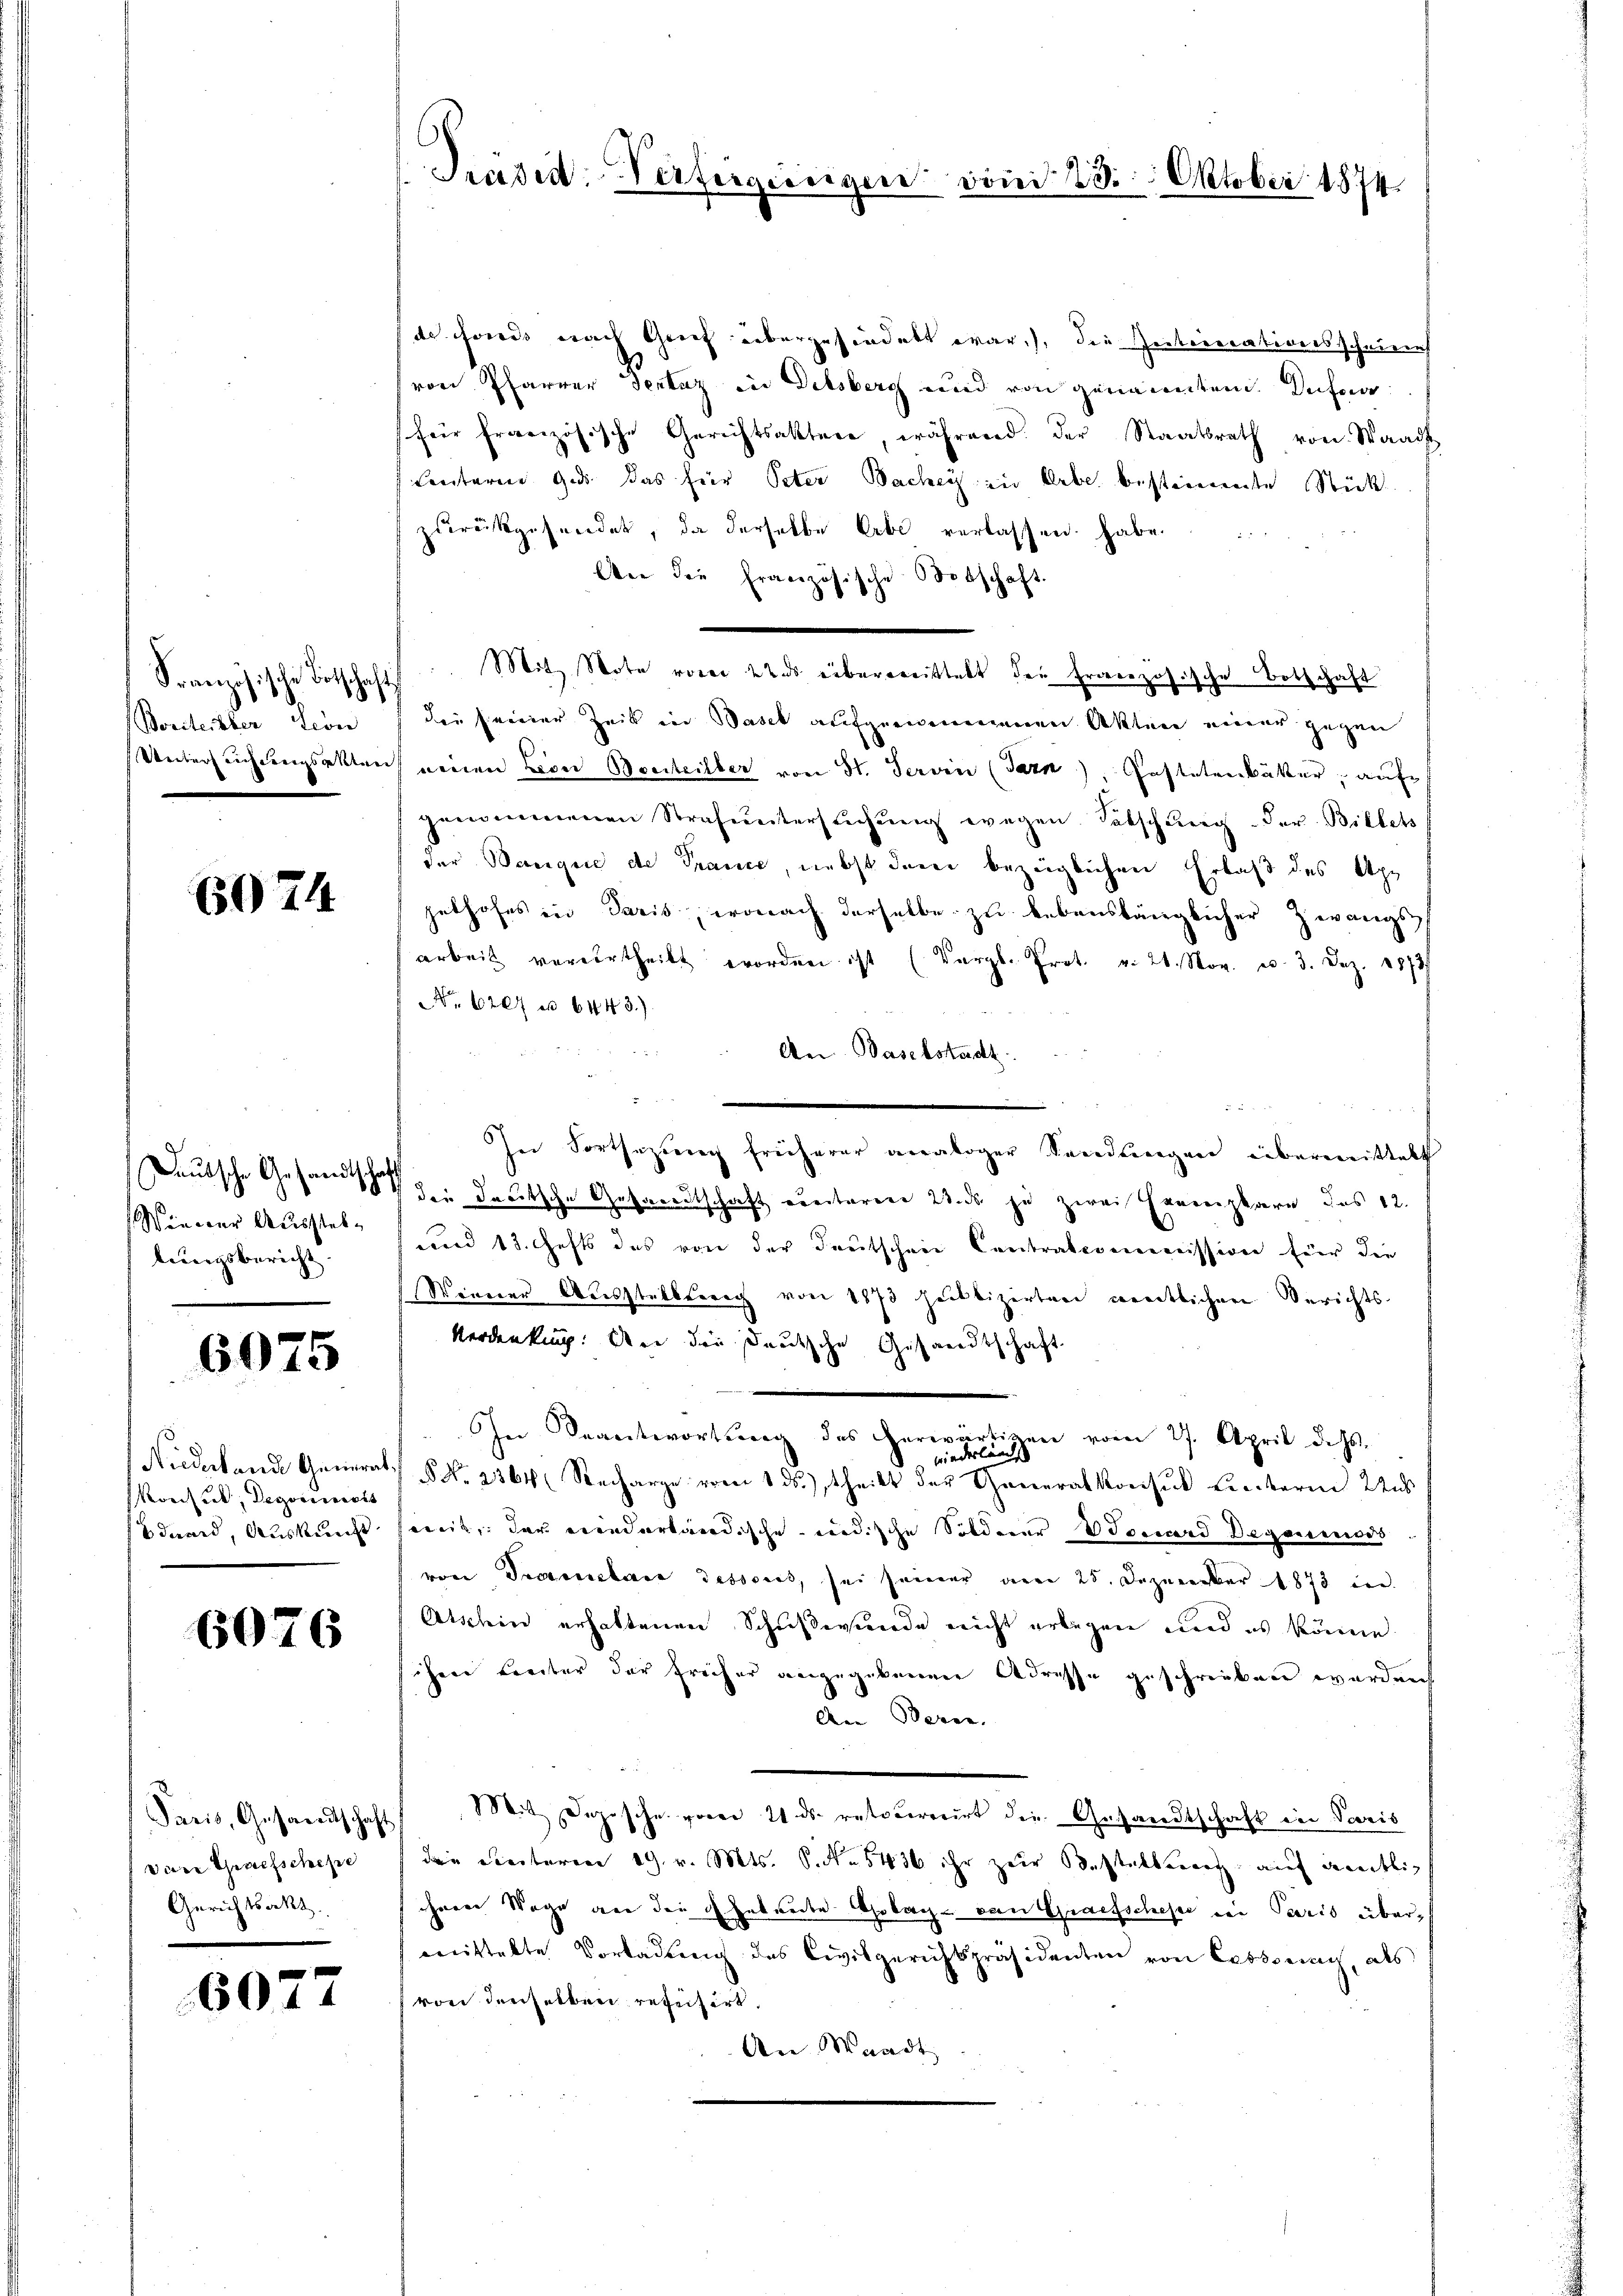
Französische Botschaf
Borteilter Lion
Unter sich dreigsakten

6074

Deutsche Gesandtschaff
Wiener Ausstellungsbericht |

6075

Niederlande Generat
Konsul, Degocimets
duard, Auskunft

6076

dare Grafschehe
Gerichtsakt.

6077

6
Präsid. Verfeigungen von 23. Oktober 1874.

de Fonds nach Grief überzufindet war.), die Zeitererationsscheinen
von Pfarrer Textaz in Delsberg und von genanntem Defer
(für französische Gerichtsaktere, während der Staatsrath von Waadt
centorene Ges. das für Peter Bache zu lebe bestimmte Stück
zurückgesendet, da derselbe Erbe verlassen habe
An die Französische Botschaft.
" Mit Note vorer 22 ds übertreittelt der französische Botschaft
die seiner Zeit in Basel aufgewonnenen Akten einer gegen
einen Leon Borteilber von St. Servin (Tazn), Gastetenbütter, auf
genommenen Strafuntersuchung wegen. Satschung der Billets
der Banque de Trance, nebst dem bezüglichen Erlaß des Apzeshofes in Paris, wonach derselbe zu lebenslänglicher Zwangs
arbeit verurtheilt worden ist (Vergl. Prot. v. 26. Nov. v. 3. Dez. 1873.
No 6207 u. 6443.)
An Baselstadt

In Fortsezung früherer analoger Sendungen übermittelt
die deutsche Gesandtschaft erritoren 2. ds zu zwei Ernenplare des 12.
und 13. Hefts des von der Deutschen Centralcommission für die
Werner Ausstellterig von 1873 heilbizirten mentlichen Berichts¬
Verdenkung. Und die deutsche Gesandtschaft
In Beantwortung des herwärtigen vom 27. April d. Js.
 wiederlängst
1) § No. 2364 Recharge vom 1. ds. theilt der Generalkonsul Lieberm 22s
weil, der niederländische indische Sölderer Vocard Degenenoss
von Transtance dessores, sei seiner am 25. Dezember 1873 in
Atschin erhaltenen Schußwunde nicht erlegen und es könne.
sichen unter der früher angegebenen Adresse geschrieben werden
An Beren.
Paris, Gesandtschaft) Mit Depesche vom 21. ds. retournirt die Gesandtschaft in Paris
die Seiteren 19. v. Mts. S. Nr. 5436 ihr zur Bestalterart auf amtlic
ihnen Wege an der Erbreite Erlach von Grafsches bei Paris übermittelte Vorladung des Civilgerichtspräsidenten von Cessung, als
von denselben repetirt.
An Waadt